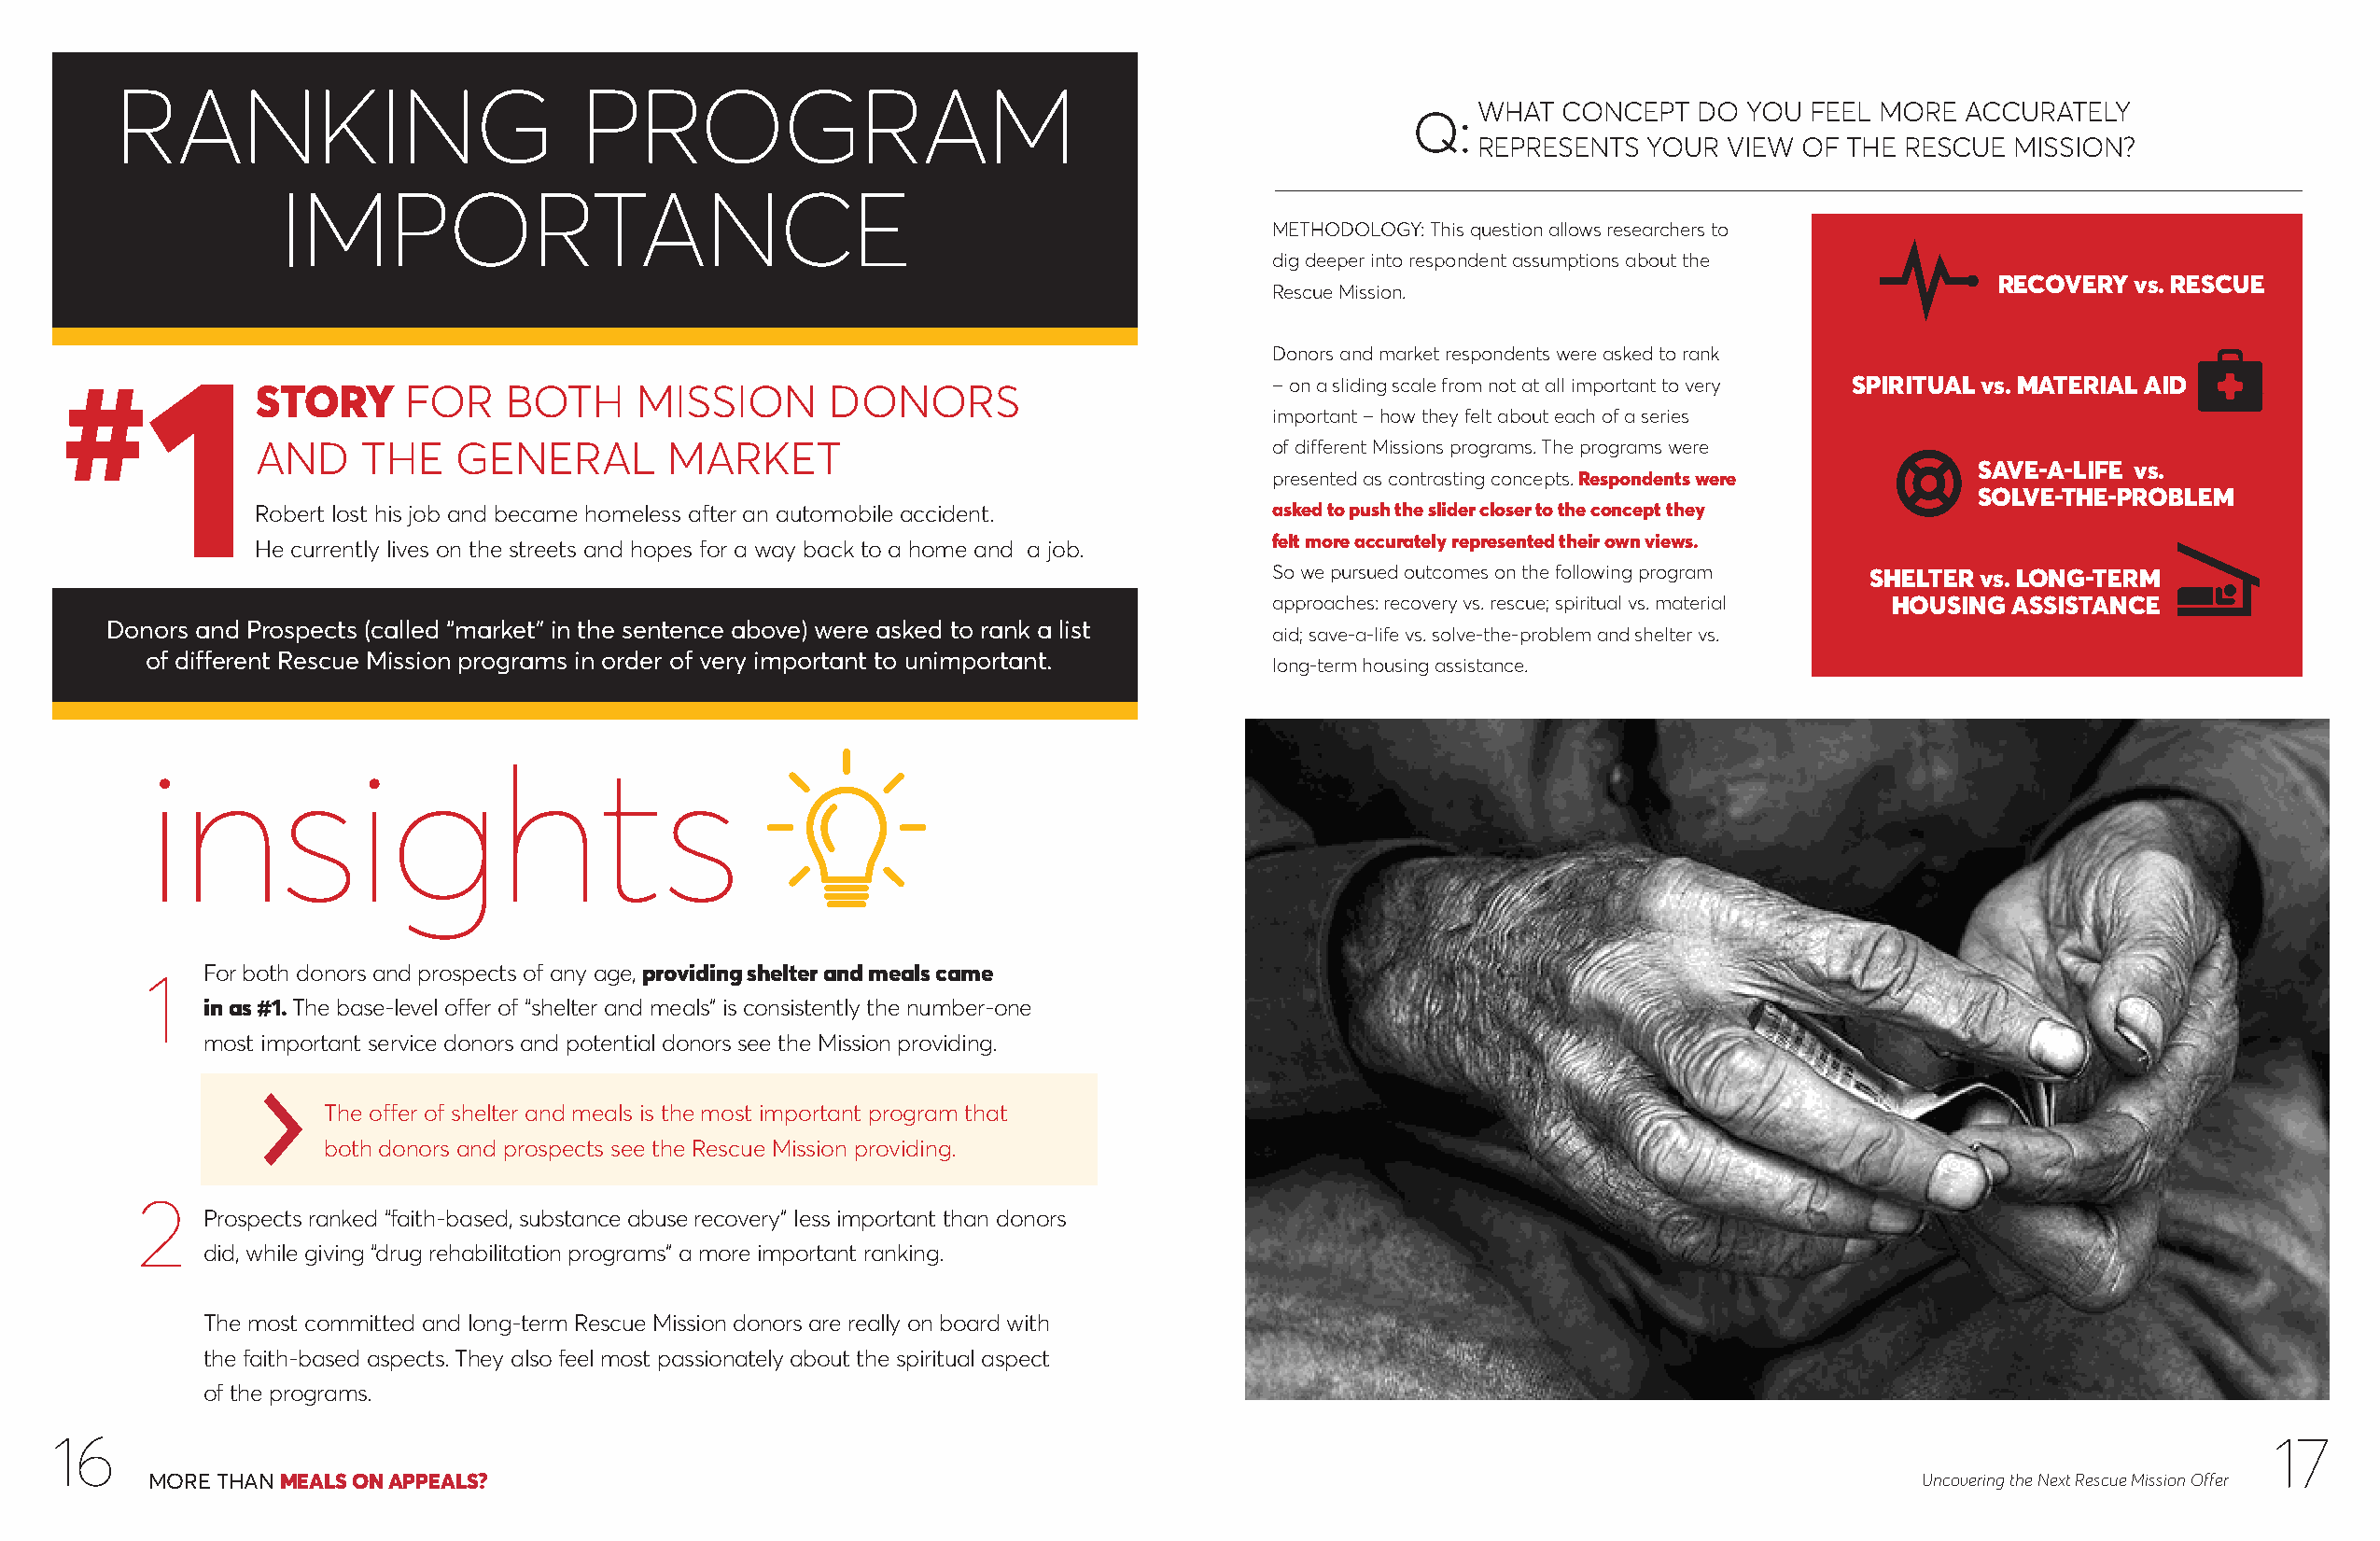
RANKING                          PROGRAM
 WHAT  CONCEPT  DO  YOU FEEL MORE  ACCURATELY
 Q:
 REPRESENTS  YOUR  VIEW OF THE RESCUE  MISSION?
 IMPORTANCE
 METHODOLOGY: This question allows researchers to
 dig deeper into respondent assumptions about the
 RECOVERY vs. RESCUE
 Rescue Mission.
 Donors and market respondents were asked to rank
 #1                                                                                    – on a sliding scale from not at all important to very SPIRITUAL vs. MATERIAL AID
 STORY      FOR    BOTH     MISSION       DONORS
 important – how they felt about each of a series
 AND     THE   GENERAL        MARKET                                     of different Missions programs. The programs were
 SAVE-A-LIFE vs.
 presented as contrasting concepts. Respondents were
 SOLVE-THE-PROBLEM
 Robert lost his job and became homeless after an automobile accident.   asked to push the slider closer to the concept they
 felt more accurately represented their own views.
 He currently lives on the streets and hopes for a way back to a home and a job.
 So we pursued outcomes on the following program SHELTER vs. LONG-TERM
 approaches: recovery vs. rescue; spiritual vs. material HOUSING ASSISTANCE
 Donors and Prospects (called “market” in the sentence above) were asked to rank a list
 aid; save-a-life vs. solve-the-problem and shelter vs.
 of different Rescue Mission programs in order of very important to unimportant.
 long-term housing assistance.
 insights
 For both donors and prospects of any age, providing shelter and meals came
 1
 in as #1. The base-level offer of “shelter and meals” is consistently the number-one
 most important service donors and potential donors see the Mission providing.
 T he offer of shelter and meals is the most important program that
 both donors and prospects see the Rescue Mission providing.
 2
 Prospects ranked “faith-based, substance abuse recovery” less important than donors
 did, while giving “drug rehabilitation programs” a more important ranking.
 The most committed and long-term Rescue Mission donors are really on board with
 the faith-based aspects. They also feel most passionately about the spiritual aspect
 of the programs.
 16                                                                                                                                                           17
 MORE THAN MEALS ON APPEALS?                                                                                                  Uncovering the Next Rescue Mission Offer